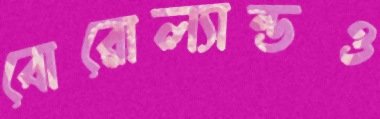
বোরোল্যান্ডও